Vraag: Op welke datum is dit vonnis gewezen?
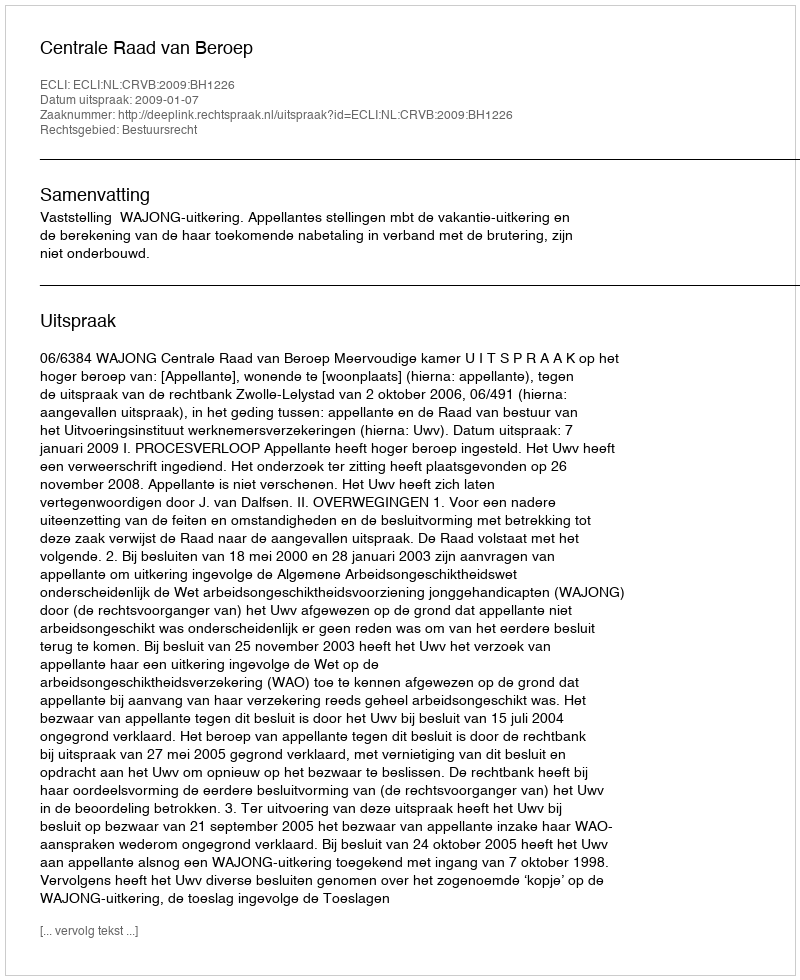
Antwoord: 2009-01-07